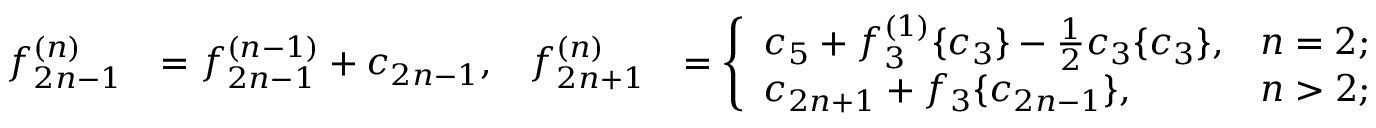
\begin{array} { r l r l } { f _ { 2 n - 1 } ^ { ( n ) } } & { = f _ { 2 n - 1 } ^ { ( n - 1 ) } + c _ { 2 n - 1 } , } & { f _ { 2 n + 1 } ^ { ( n ) } } & { = \left\{ \begin{array} { l l } { c _ { 5 } + f _ { 3 } ^ { ( 1 ) } \{ c _ { 3 } \} - \frac { 1 } { 2 } c _ { 3 } \{ c _ { 3 } \} , } & { n = 2 ; } \\ { c _ { 2 n + 1 } + f _ { 3 } \{ c _ { 2 n - 1 } \} , } & { n > 2 ; } \end{array} \right. } \end{array}